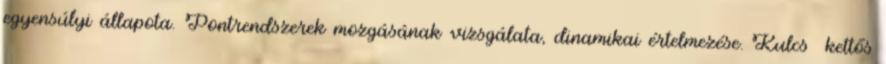
egyensúlyi állapota. Pontrendszerek mozgásának vizsgálata, dinamikai értelmezése. Kulcs kettős